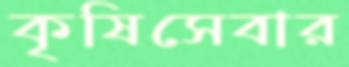
কৃষিসেবার